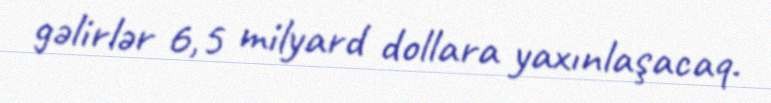
gəlirlər 6,5 milyard dollara yaxınlaşacaq.